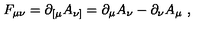
F _ { \mu \nu } = \partial _ { [ \mu } A _ { \nu ] } = \partial _ { \mu } A _ { \nu } - \partial _ { \nu } A _ { \mu } \ ,